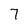
Character: 7